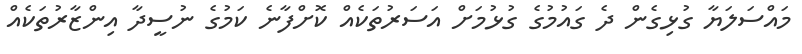
މައްސަލަޔާ ގުޅިގެން ދެ ގައުމުގެ ގުޅުމަށް އަސަރުތަކެއް ކޮށްފާނެ ކަމުގެ ނުސީދާ އިންޒާރުތަކެއް